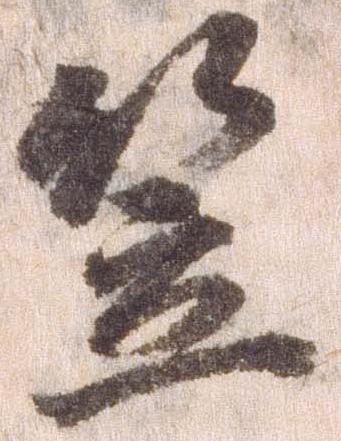
笠